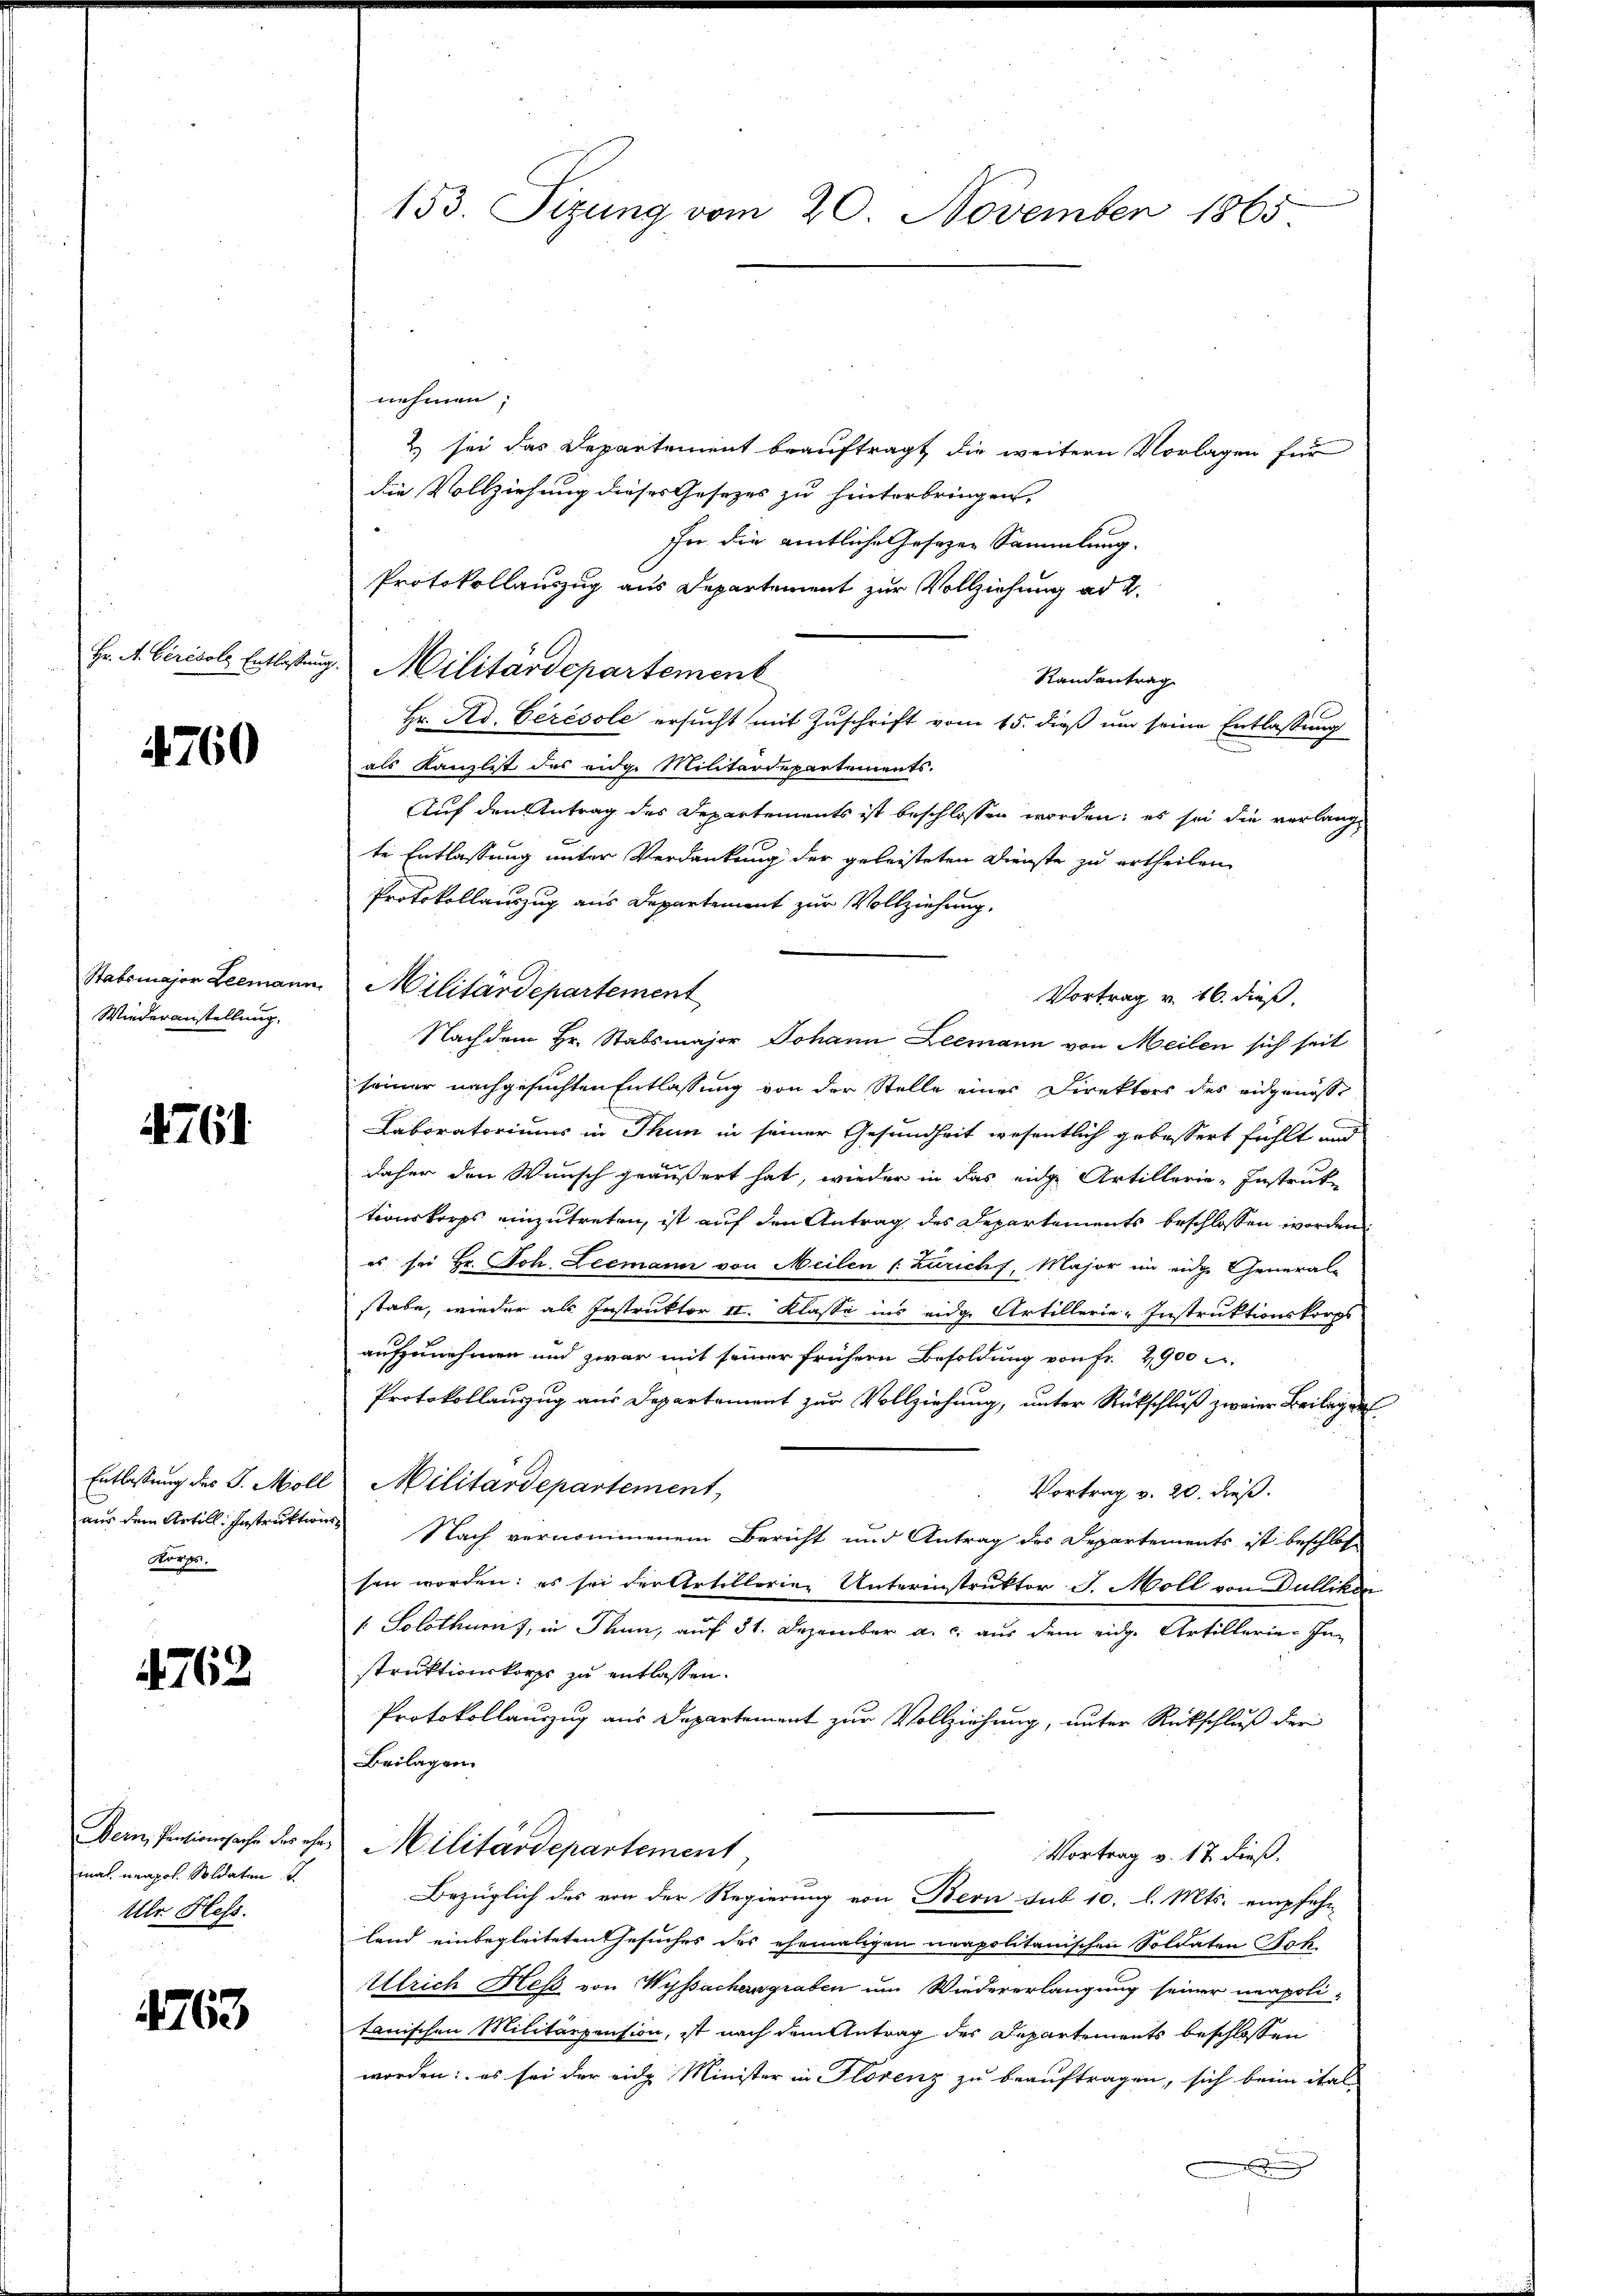
Hr. A. Gérésole Entlassung

4760

Wiederanstellung.

4761.

Norgs.

4762

mal neapol. Soldaten d
Ulr. Hess.

4763

153. Sizung vom 20. November 1865

nehmen;
2) sei das Departement beauftragt, die weitern Vorlagen für
die Vollziehung dieses Gesezes zu hinterbringen.
für die amtliche Gesetzen Sammlung.
Protokollauszug aus Departement zur Vollziehung ad 2.
3. Militärdepartement
Randantrag
Hr. Ad. Ceresole ersucht mit Zuschrift vom 15. dieß um seine Entlassung
als Kanzlist des eidge Militärdepartements.
Auf den Antrag des Departements ist beschlossen worden; es sei die verlangte Entlassung unter Verdankung der geleisteten Dienste zu ertheilen
Protokollauszug aus Departement zur Vollziehung,
Stabsmajor Leemann Militärdepartement
Vortrag v. 16. dieß.
Nach dem Hr. Stabsmajor Johann Leemann von Meilen sich seit
seiner nachgesuchten Entlassung von der Stelle eines Direktors des eidgenösse
Laboratoriums in Thun in seiner Gesundheit wesentlich gebessert fühlt und
daher den Wunsch geäußert hat, wieder in das eidge Artillerie-Instruk
tionskorps einzutreten, ist auf den Antrag des Departements beschlossen worden.
es sei Hr. Joh. Leemann von Meilen (Züricht, Major im eidge General-
stabe, wieder als Instruktor II. Klasse ins eidge Artillerie-Instruktionskorps:
aufzunehmen und zwar mit seiner frühern Besoldung von Fr. 2900 u.
Protokollauszug aus Departement zur Vollziehung, unter Rückschluß zweier Beilagen
Entlassung des J. Moll Militärdepartement,
Vortrag v. 20. Fuß.
aus dem Artill. Instruktions Nach vernommenem Bericht und Antrag des Departements ist beschlosse
sen worden: es sei der Artillerien Unterinstruktor J. Moll von Dulliker
 Solothurn), in Thun, auf 31. Dezember a. c. aus dem eidg. Artillerie-Instruktionskorps zu entlassen.
Protokollauszug aus Departement zur Vollziehung, unter Rückschluß der
Beilagen.
Dein Pationsache der che Militärdepartement
Vortrag v. 17. dieß,
Bezüglich des von der Regierung von Bern sub 10. l. Mts. empfehn-
land einbegleiteten Gesuches des ehemaligen neapolitanischen Soldaten Soh¬
Ulrich Hess von Wyssachersgraben um Wiedererlangung seiner unapoli-
tanischen Militärpension, ist nach dem Antrag des Departements beschlossen
worden: es sei der eidg Minister in Florenz zu beauftragen, sich beim ital
.